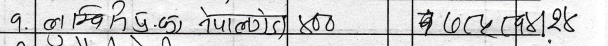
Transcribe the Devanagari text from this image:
१. को मिहिक नेपालको १०० बकटा प्येश